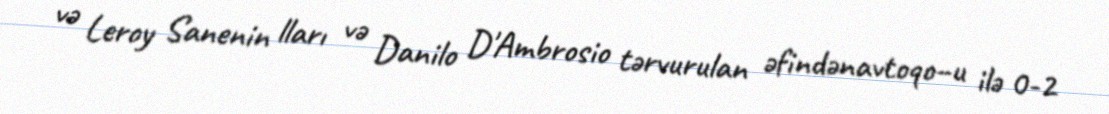
və Leroy Sanenin lları və Danilo D'Ambrosio tərvurulan əfindənavtoqo–u ilə 0-2